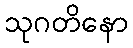
သုဂတိနော